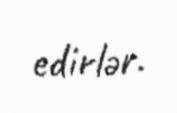
edirlər.